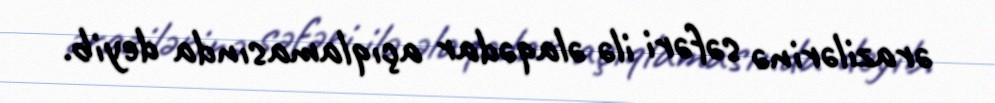
ərazilərinə səfəri ilə əlaqədar açıqlamasında deyib.